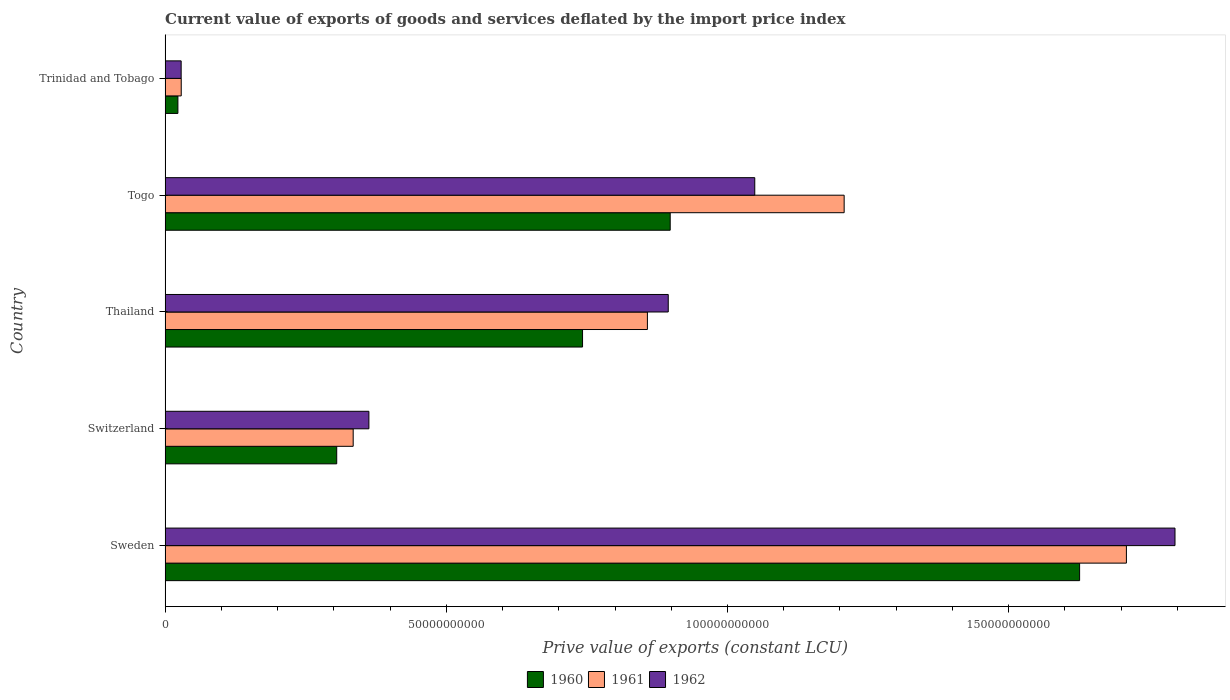
| Country | 1960 | 1961 | 1962 |
 | --- | --- | --- | --- |
 | Sweden | 1.63e+11 | 1.71e+11 | 1.8e+11 |
 | Switzerland | 3.05e+10 | 3.34e+10 | 3.62e+10 |
 | Thailand | 7.42e+10 | 8.58e+10 | 8.95e+10 |
 | Togo | 8.98e+10 | 1.21e+11 | 1.05e+11 |
 | Trinidad and Tobago | 2.28e+09 | 2.87e+09 | 2.86e+09 |